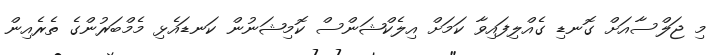
މި ޖަލްސާއަށް ގޮނޑި ގެއްލިފައިވާ ކަމަށް އިލެކްޝަންސް ކޮމިޝަނުން ކަނޑައެޅި މެމްބަރުންގެ ތެރެއިން